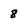
Character: 8